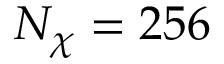
N _ { \chi } = 2 5 6